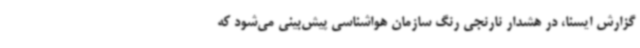
گزارش ایسنا، در هشدار نارنجی رنگ سازمان هواشناسی پیش‌بینی می‌شود که